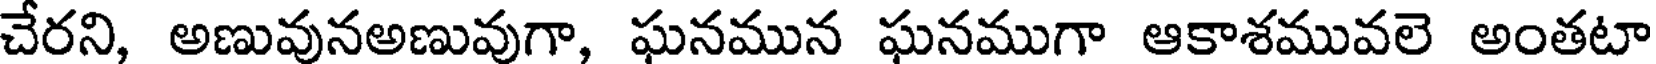
చేరని, అణువునఅణువుగా, ఘనమున ఘనముగా ఆకాశమువలె అంతటా